system: You are a helpful assistant.
user:
Analyze the provided spectrum to determine if it is a **Carbon Star (C-type)**.

- **Key Visual Indicators of Carbon Star:**
    - **(Primary):** Strong molecular absorption from **C₂ (diatomic carbon) "Swan Bands."** This is the **defining feature** of a carbon star.
        - **(Key Bandheads):** Sharp absorption edges are visible at approximately $5635$ Å, $5165$ Å (the strongest band), and $4737$ Å.
        - **(Line Profile):** Creates a distinct **"saw-tooth"** pattern. The key morphology is a sharp, steep bandhead on the **red (long-wavelength) side**, which then gradually tapers off (i.e., flux recovers) towards the **blue (short-wavelength) side**. *(This is the direct opposite of the TiO bands seen in M-type stars)*.

    - **(Secondary):** Intense **CN (cyanogen)** molecular absorption bands.
        - **(Key Bandheads):** Located in the blue and violet regions of the spectrum (e.g., near $4215$ Å and $3883$ Å).
        - **(Morphology):** These bands are extremely broad and act as a "blanket," absorbing the vast majority of blue and violet light. This creates a characteristic **"cliff"** or **"steep drop-off"** in the spectrum's flux at short wavelengths.

    - **(Key Confirmation):** Strong **CH absorption band (G-band)**.
        - **(Key Bandhead):** Located around $4300$ Å. The contribution from CH molecules to this band is exceptionally strong.

    - **(Overall Spectrum):**
        - The continuum is severely "chopped up" by these deep molecular bands, especially C₂, rather than appearing as a smooth curve.
        - Due to the heavy CN and C₂ absorption in the blue-green, the vast majority of the star's flux is concentrated in the red part of the spectrum, giving the star its characteristic deep red color.

Think first, call **spectral_visualization_tool** if needed to examine features in detail, then provide your final answer. Your response must adhere to the following strict rules:
1.  **Overall Structure:** Your response must follow the format `<think>...</think> <tool_call>...</tool_call> (if a tool is used) <answer>...</answer>`.
2.  **Tool Usage Constraint:** You may only make **one** tool call per turn.
3.  **Final Answer Format:** In the `<answer>` tag, your conclusion must be inside a `\boxed{}` command (e.g., `\boxed{YES}`), followed by your justification.

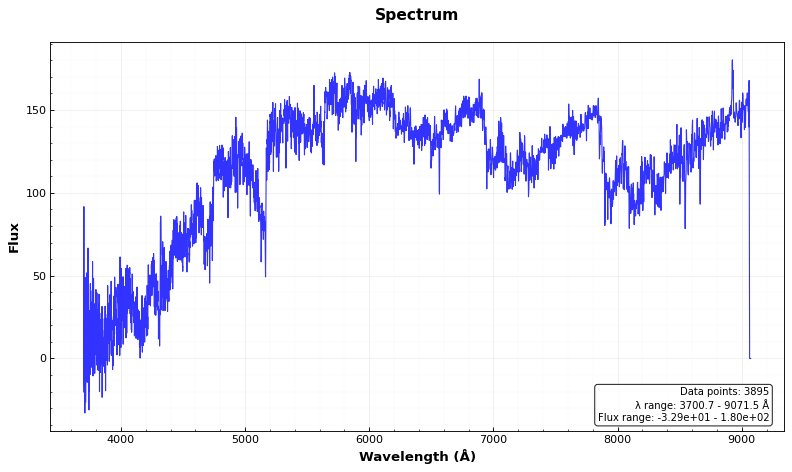
Answer: YES